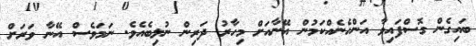
ބައިގެން ގޮސްފައިވާ އަންހެނެއްކަމުން އޭނާއަށް މިހާރު ދަރިން ނުލިބެއެވެ. ނަމަވެސް އޭނާ ވަރަށް